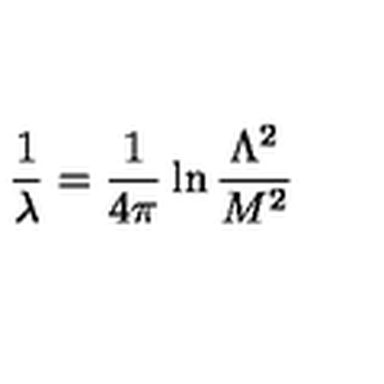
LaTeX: \frac { 1 } { \lambda } = \frac { 1 } { 4 \pi } \ln \frac { \Lambda ^ { 2 } } { M ^ { 2 } }